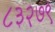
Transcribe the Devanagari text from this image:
८३२७९